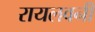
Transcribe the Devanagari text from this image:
रायलवनी